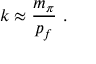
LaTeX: k \approx \frac { m _ { \pi } } { p _ { f } } \ .